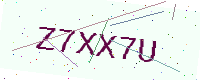
Text: Z7XX7U